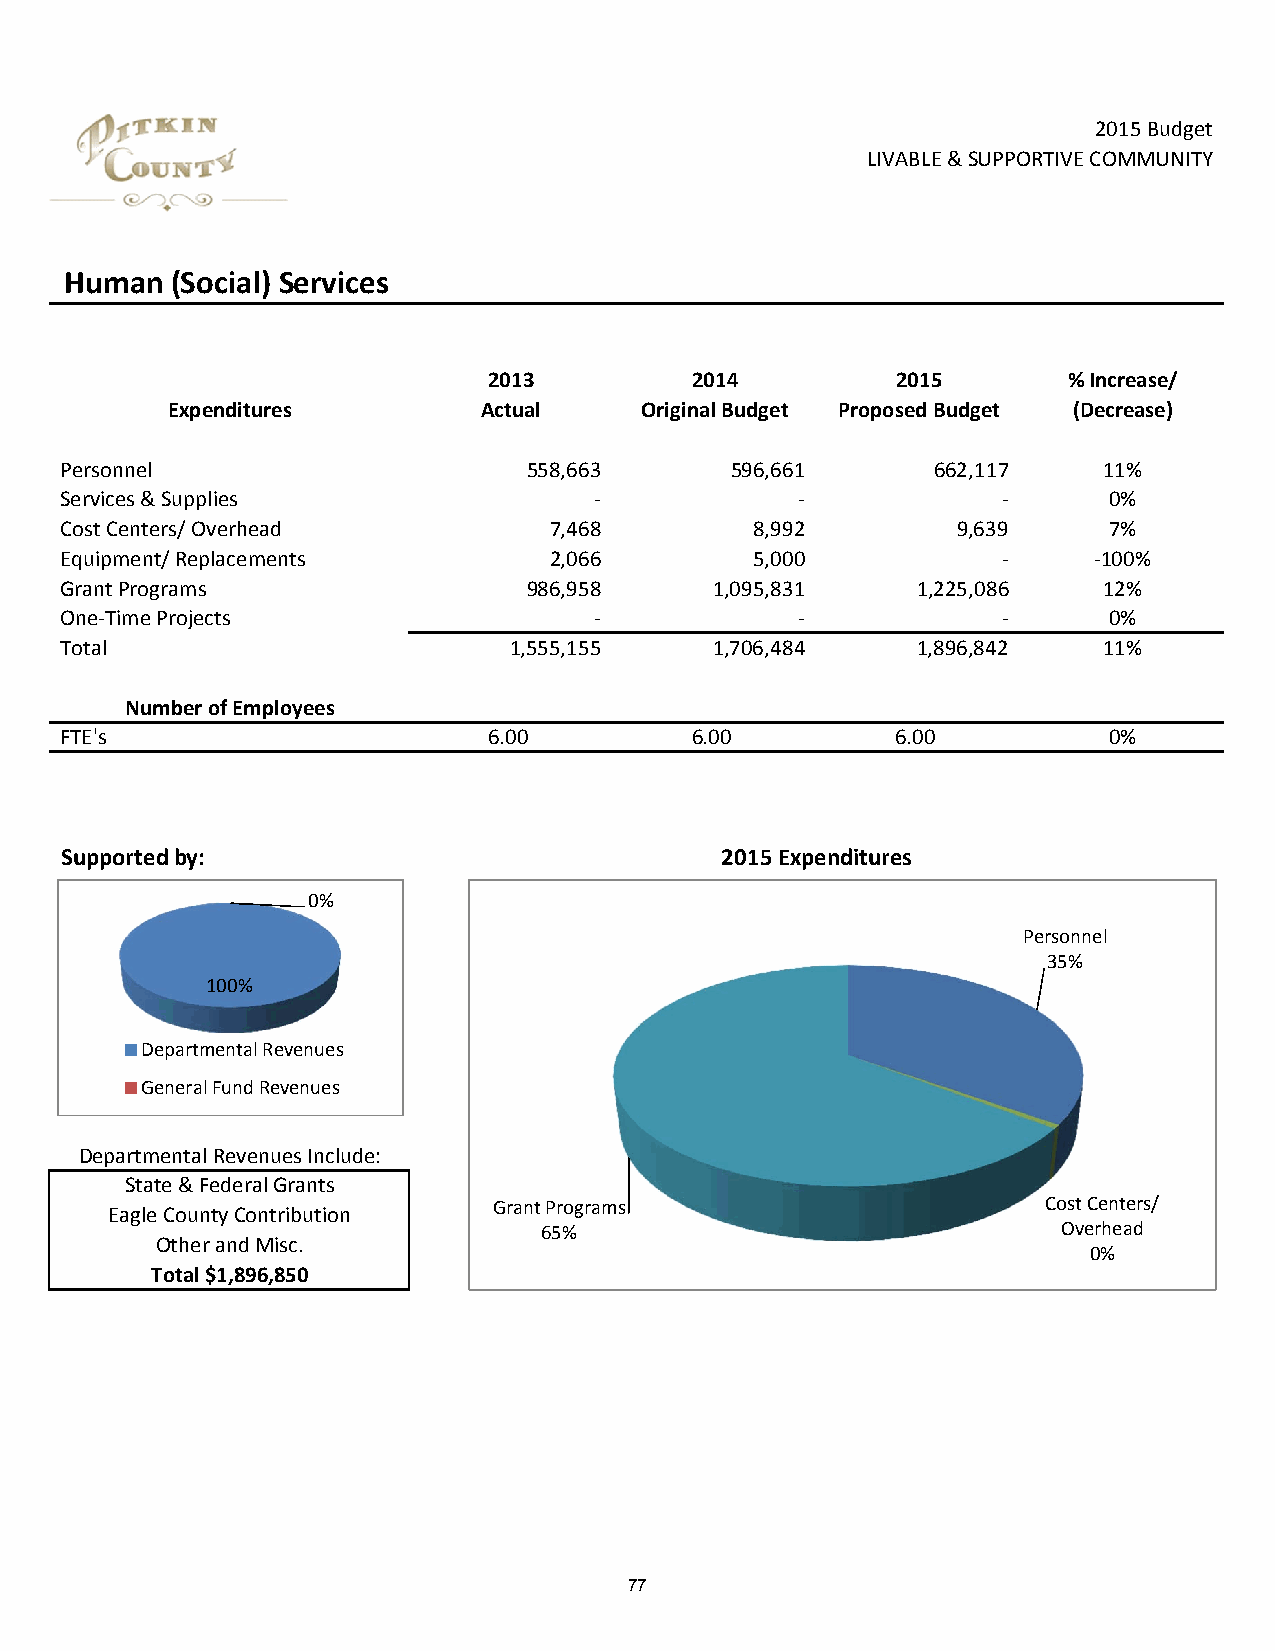
2015 Budget
 LIVABLE & SUPPORTIVE COMMUNITY
 Human  (Social) Services
 2013          2014         2015        % Increase/
 Expenditures         Actual    Original Budget Proposed Budget (Decrease)
 Personnel                      558,663      596,661       662,117    11%
 Services & Supplies                ‐             ‐            ‐      0%
 Cost Centers/ Overhead          7,468         8,992        9,639     7%
 Equipment/ Replacements         2,066         5,000           ‐     ‐100%
 Grant Programs                 986,958     1,095,831     1,225,086   12%
 One‐Time Projects                  ‐             ‐            ‐      0%
 Total                         1,555,155    1,706,484     1,896,842   11%
 Number of Employees
 FTE's                       6.00          6.00         6.00          0%
 Supported by:                               2015 Expenditures
 0%
 Personnel
 35%
 100%
 Departmental Revenues
 General Fund Revenues
 Departmental Revenues Include:
 State & Federal Grants
 Grant Programs                      Cost Centers/
 Eagle County Contribution
 65%                               Overhead
 Other and Misc.
 0%
 Total $1,896,850
 77